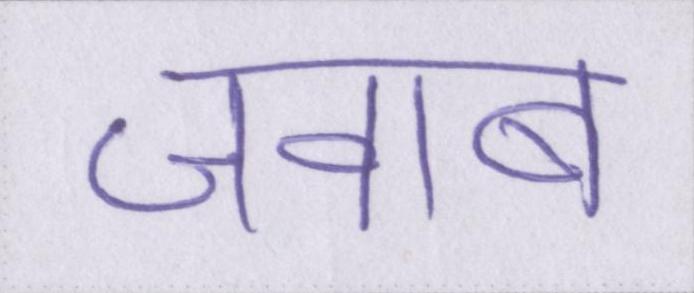
जवाब